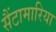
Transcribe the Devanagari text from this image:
सैंटामारिया